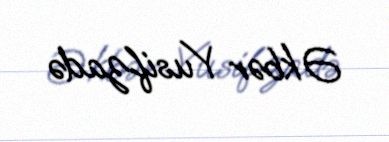
Əkbər Yusifzadə